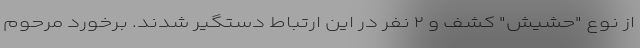
از نوع "حشیش" کشف و ۲ نفر در این ارتباط دستگیر شدند. برخورد مرحوم